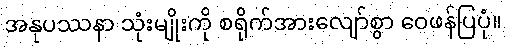
အနုပဿနာ သုံးမျိုးကို စရိုက်အားလျော်စွာ ဝေဖန်ပြပုံ။